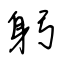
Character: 躬